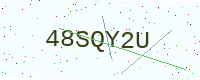
Text: 48SQY2U